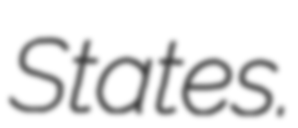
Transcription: States.